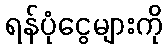
ရန်ပုံငွေများကို